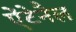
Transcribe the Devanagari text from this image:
ऐंटेनैल